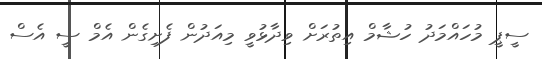
ސީޕީ މުހައްމަދު ހުޝާމް އިތުރަށް ވިދާޅުވީ މިއަދުން ފެށިގެން އެމް ސީ އެސް